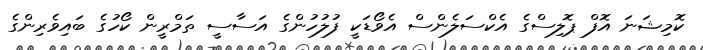
ކޮމިޝަނަ އޮފް ޕޮލިސްގެ އެކްސަލެންސް އެވޯޑަކީ ފުލުހުންގެ އަސާސީ ތަމްރީން ކޯހުގެ ބައިވެރިންގެ